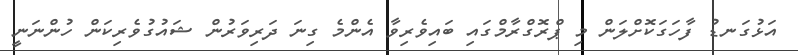
އަޅުގަނޑު ފާހަގަކޮށްލަން މި ޕްރޮގްރާމްގައި ބައިވެރިވާ އެންމެ ގިނަ ދަރިވަރުން ޝައުގުވެރިކަން ހުންނަނީ